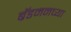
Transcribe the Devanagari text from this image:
ब्रॅडमनच्या